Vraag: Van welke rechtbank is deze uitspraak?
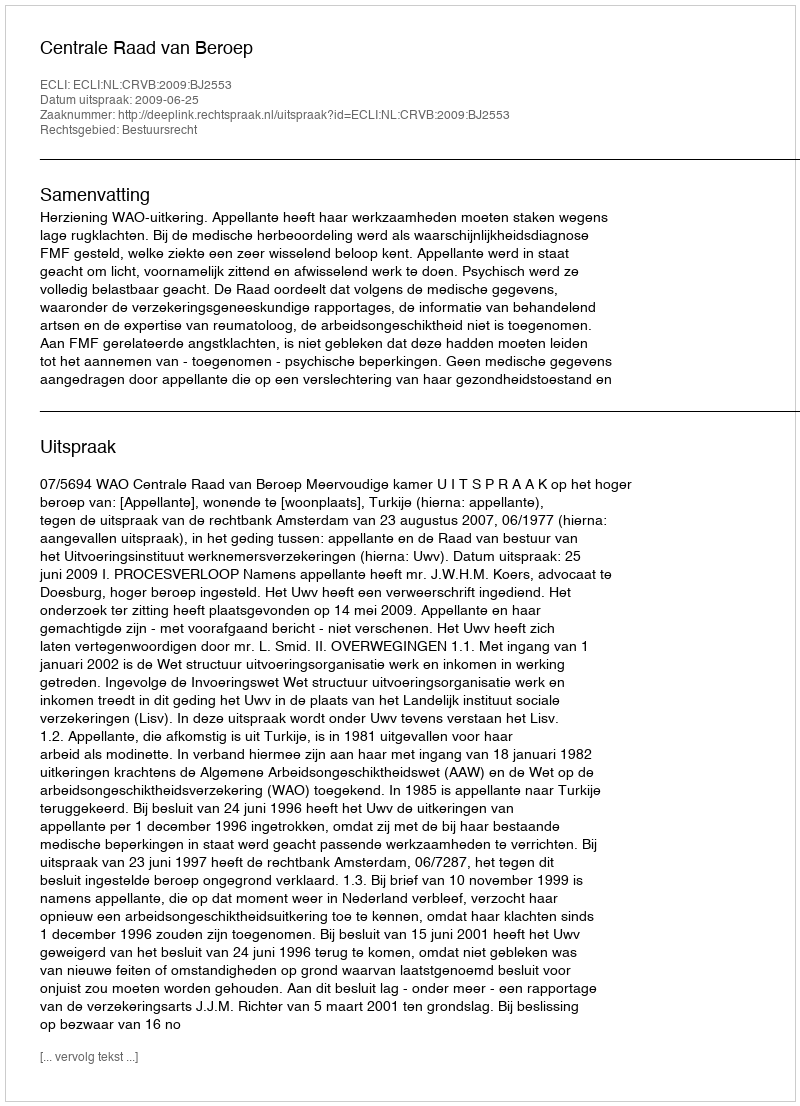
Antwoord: Centrale Raad van Beroep